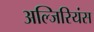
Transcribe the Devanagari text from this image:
अल्जिरियंस